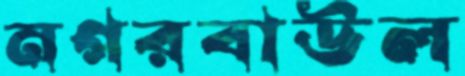
নগরবাউল